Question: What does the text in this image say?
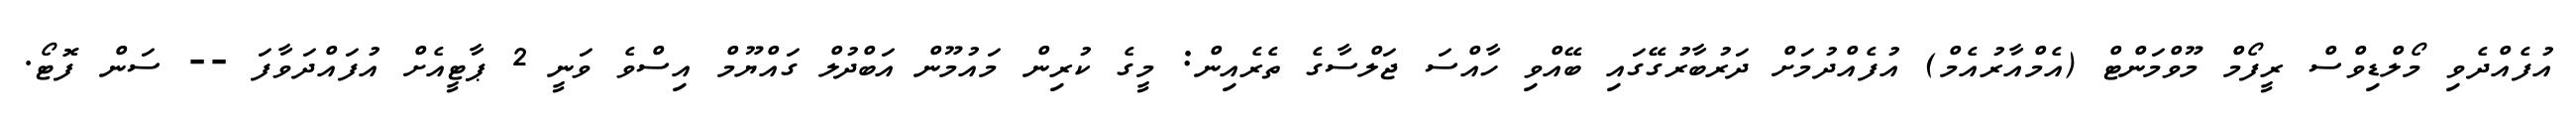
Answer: އުފެއްދެވި މޯލްޑިވްސް ރީފޯމް މޫވްމަންޓް (އެމްއާރުއެމް) އުފެއްދުމަށް ދަރުބާރުގޭގައި ބޭއްވި ހާއްސަ ޖަލްސާގެ ތެރެއިން: މީގެ ކުރިން މައުމޫން އަބްދުލް ގައްޔޫމް އިސްވެ ވަނީ 2 ޕާޓީއެށް އުފައްދަވާފަ -- ސަން ފޮޓޯ.